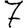
Digit: 7